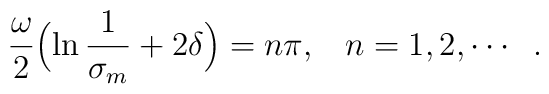
\frac{\omega}{2}\Bigl(\ln\frac{1}{\sigma_m}+2\delta\Bigr)=n\pi,\;\;\;\mathop{n = 1,2,}\cdots\;\;.